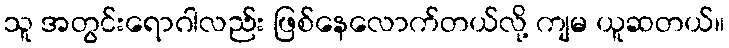
သူ အတွင်းရောဂါလည်း ဖြစ်နေလောက်တယ်လို့ ကျမ ယူဆတယ်။